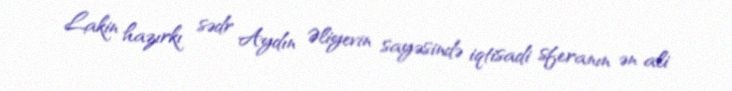
Lakin hazırkı sədr Aydın Əliyevin sayəsində iqtisadi sferanın ən ali